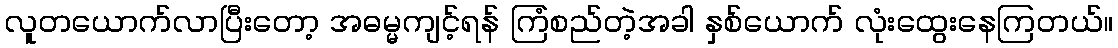
လူတယောက်လာပြီးတော့ အဓမ္မကျင့်ရန် ကြံစည်တဲ့အခါ နှစ်ယောက် လုံးထွေးနေကြတယ်။